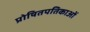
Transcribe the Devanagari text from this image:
प्रोषितपतिकाओं